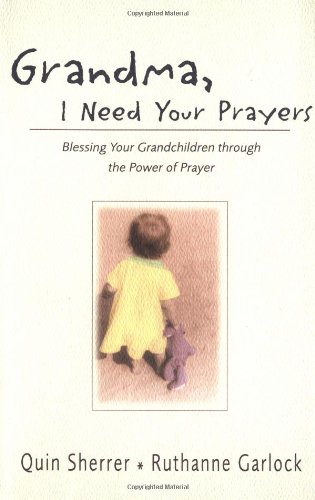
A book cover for Grandma, I Need Your Prayers; Quin M. Sherrer; Parenting & Relationships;